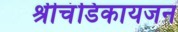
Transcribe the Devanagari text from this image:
श्रीचंडिकायजन